Scottish Leaving Certificate Examination, 1960
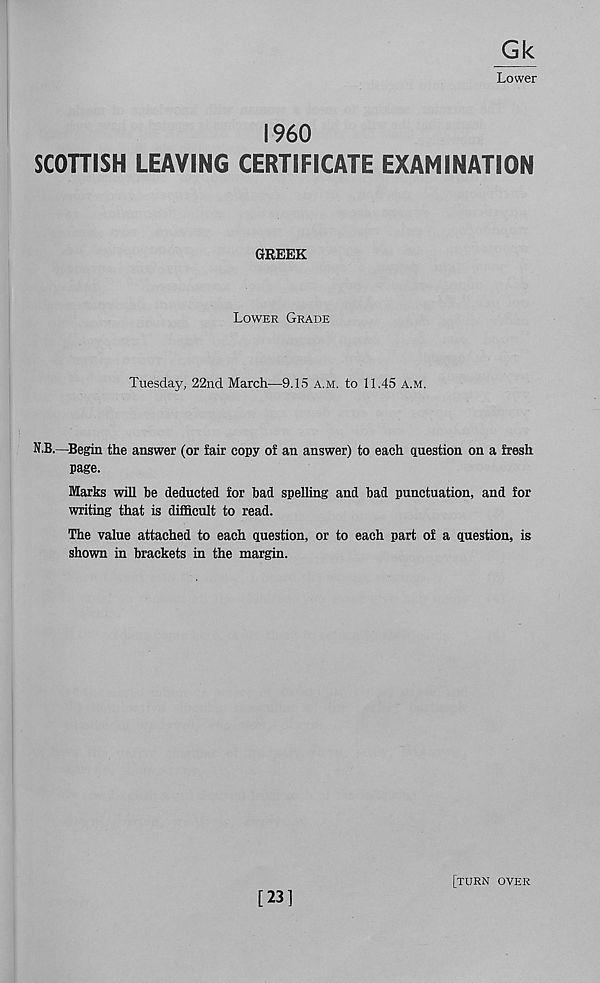
Gk
Lower
I960
SCOTTISH LEAVING CERTIFICATE EXAMINATION
GREEK
Lower Grade
Tuesday, 22nd March—9.15 a.m. to 11.45 a.m.
N.B.—Begin the answer (or fair copy of an answer) to each question on a fresh
page.
Marks will be deducted for bad spelling and bad punctuation, and for
writing that is difficult to read.
The value attached to each question, or to each part of a question, is
shown in brackets in the margin.
[23]
[turn over